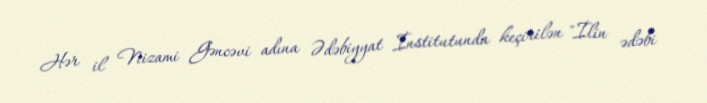
Hər il Nizami Gəncəvi adına Ədəbiyyat İnstitutunda keçirilən "İlin ədəbi